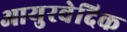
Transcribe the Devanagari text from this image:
आयुरवेदिक